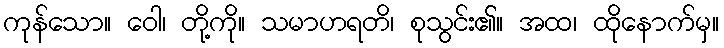
ကုန်သော။ ဝေါ၊ တို့ကို။ သမာဟရတိ၊ စုသွင်း၏။ အထ၊ ထိုနောက်မှ။